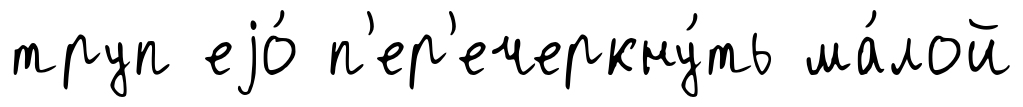
труп еjо́ п'ер'ечеркну́ть ма́лой